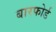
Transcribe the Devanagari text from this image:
बारफोर्ड